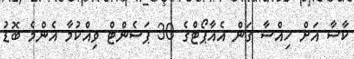
ކާސާ އަށް ހިއްސާ ގަން އެއާޕޯޓްގެ 30 ޕަސެންޓް ވިއްކުމާ އެންމެ ބޮޑު